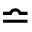
\bumpeq